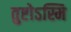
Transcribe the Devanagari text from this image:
तुष्टोऽस्मि